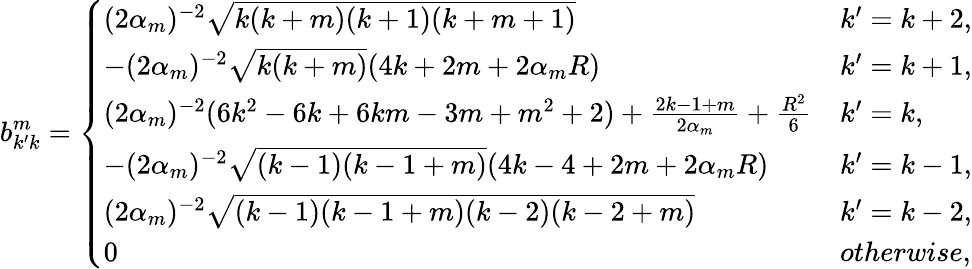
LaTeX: b_{k^{\prime}k}^{m}=\left\{ \begin{array}{ll}{(2\alpha_{m})^{-2}\sqrt{k(k+m)(k+1)(k+m+1)}}&{k^{\prime}=k+2,}\\ {-(2\alpha_{m})^{-2}\sqrt{k(k+m)}(4k+2m+2\alpha_{m}R)}&{k^{\prime}=k+1,}\\ {(2\alpha_{m})^{-2}(6k^{2}-6k+6km-3m+m^{2}+2)+\frac{2k-1+m}{2\alpha_{m}}+\frac{R^{2}}{6}}&{k^{\prime}=k,}\\ {-(2\alpha_{m})^{-2}\sqrt{(k-1)(k-1+m)}(4k-4+2m+2\alpha_{m}R)}&{k^{\prime}=k-1,}\\ {(2\alpha_{m})^{-2}\sqrt{(k-1)(k-1+m)(k-2)(k-2+m)}}&{k^{\prime}=k-2,}\\ {0}&{otherwise,}\end{array}\right.